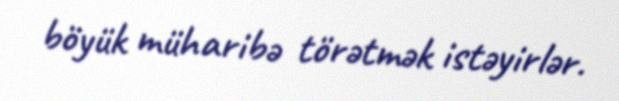
böyük müharibə törətmək istəyirlər.